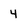
Character: 4